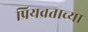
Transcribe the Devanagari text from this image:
प्रियव्रताच्या